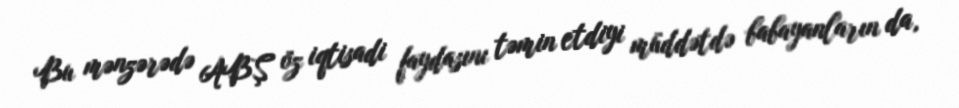
Bu mənzərədə ABŞ öz iqtisadi faydasını təmin etdiyi müddətdə babayanların da,